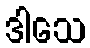
ဒါသေ